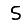
Digit: 5